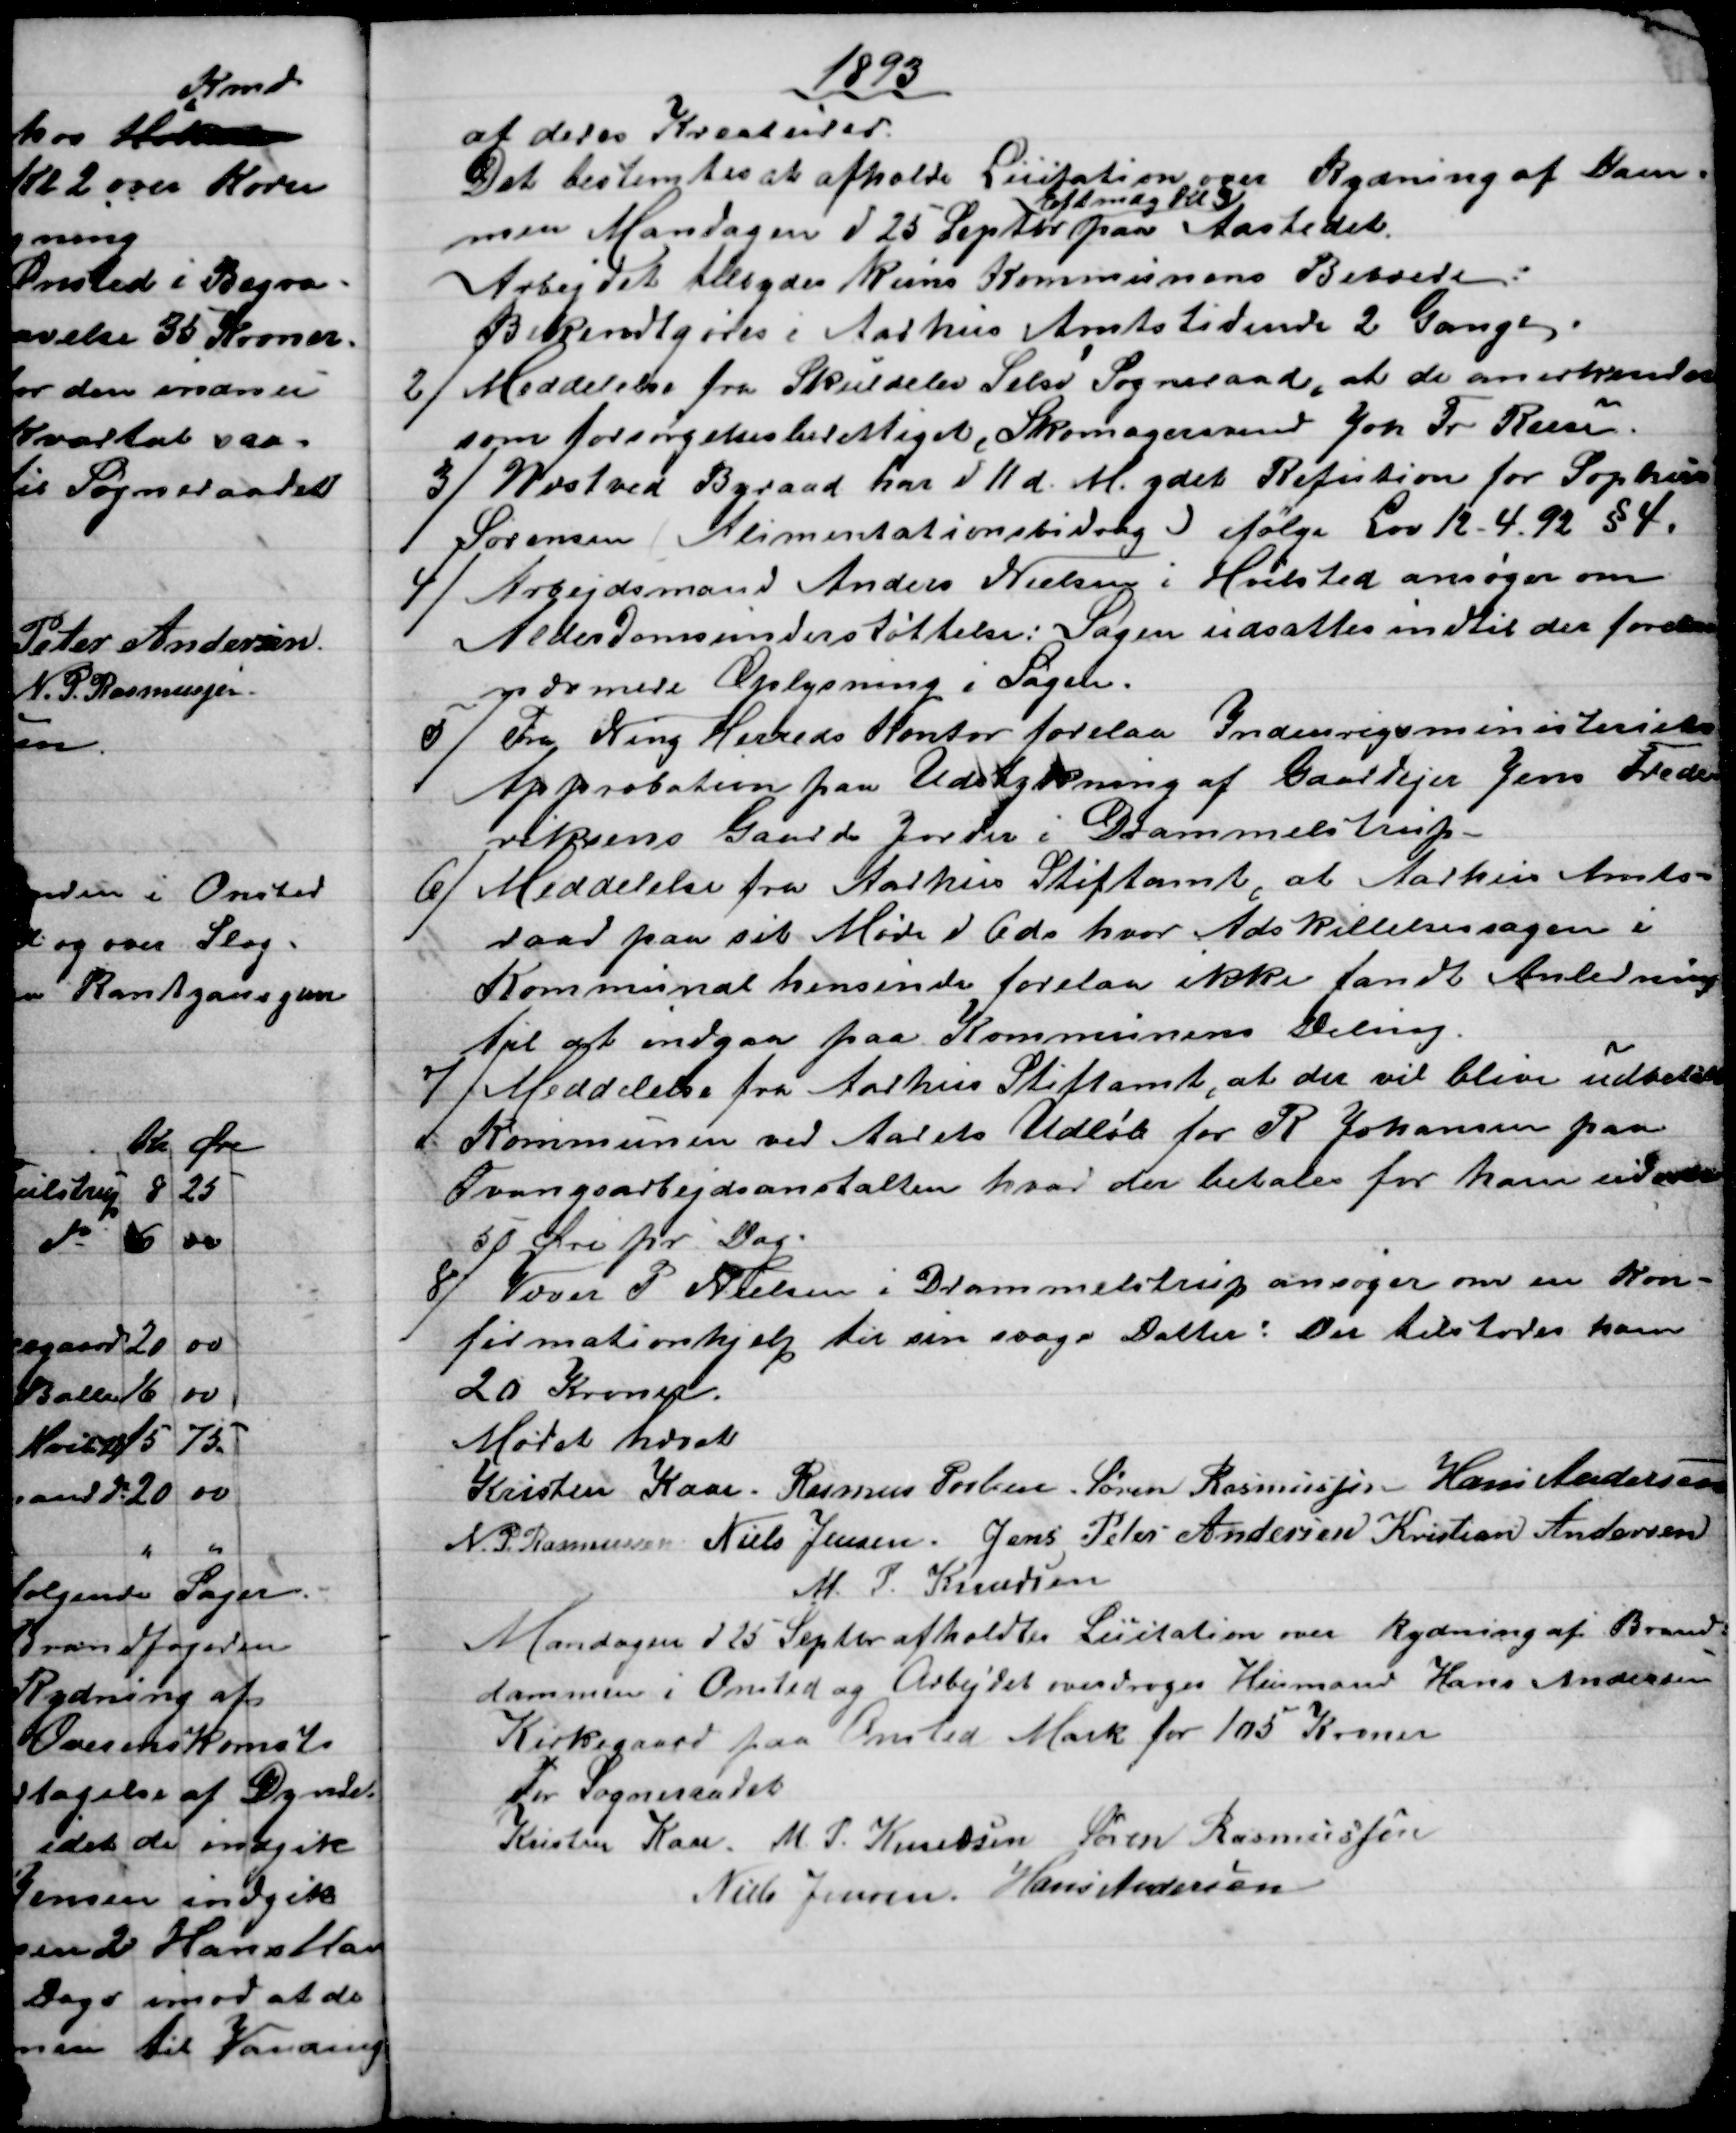
Transskription:
1893
af deres Kreaturer.
Det bestemtes at afholde Licitation over Rydning af Dam-
men Mandagen d 25 Septbr. 
Eftmdg kl 3
paa Aastedet.
Arbejdet tilbydes kuns Kommunens Beboere
Bekendtgøres i Aarhus Amtstidende 2 Gange.
2)
Meddelelse fra Skuldelev Selsø Sogneraad, at de anerkender
som forsørgelsesberettiget, Skomagersvend Joh Fr. Reese
3)
Næstved Byraad har d 11 d. M. ydet Refution for Sophus
Sørensen (Alimentationsbidrag) ifølge Lov 12- 4. 92 § 4.
4) 
Arbejdsmand Anders Nielsen i Hvilsted ansøger om
Alderdomsunderstøttelse: Sagen udsattes indtil der forelaa
nærmere Oplysning i Sagen.
5) 
Fra Ning Herreds Kontor forelaa Indenrigsministeriets
Approbation paa Udstykning af Gaardejer Jens Frede-
riksens Gaards Jorder i Drammelstrup.
6)
Meddelelse fra Aarhus Stiftamt, at Aarhus Amts-
raad paa sit Møde d 6 ds hvor Adskillelsessagen i
Kommunal hensinde forelaa ikke fandt Anledning
til at indgaa paa Kommunens Deling.
7) 
Meddelelse fra Aarhus Stiftamt, at der vil blive udbetalt
Kommunen ved Aarets Udløb for R Johansen paa
Tvangsarbejdsanstalten hvor der betales for ham udover
50 Øre pr Dag.
8) 
Væver P Nielsen i Drammelstrup ansøger om en Kon-
firmationshjelp til sin svage Datter: Der tilstodes ham
20 Kroner.
Mødet hævet
Kristen Kaae. Rasmus Povlsen. Søren Rasmussen Hans Andersen
N. P. Rasmussen Niels Jensen. Jens Peter Andersen Kristian Andersen
M. P. Knudsen
Mandagen d 25 Septbr afholdtes Licitation over Rydning af Brand-
dammen i Onsted og Arbejdet overdroges Husmand Hans Andersen
Kirkegaard paa Onsted Mark for 105 Kroner
for Sogneraadet
Kristen Kaae. M. P. Knudsen Søren Rasmussen
Niels Jensen. Hans Andersen